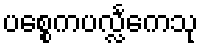
ပစ္စေကပလ္လင်္ကေသု